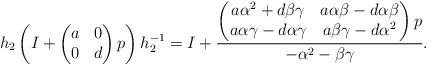
LaTeX: \begin{align*}h_2 \left( I + \begin{pmatrix} a & 0 \\ 0 & d \end{pmatrix} p \right) h_2^{-1} = I + \frac{\begin{pmatrix} a \alpha^2 + d \beta \gamma & a \alpha \beta - d \alpha \beta \\ a \alpha \gamma - d \alpha \gamma & a \beta \gamma - d \alpha^2 \end{pmatrix} p}{-\alpha^2 - \beta \gamma}.\end{align*}